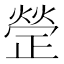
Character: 𭭱